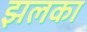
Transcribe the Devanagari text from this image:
झलका